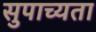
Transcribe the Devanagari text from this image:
सुपाच्यता